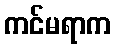
ကင်မရာက